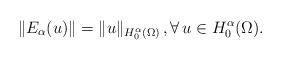
LaTeX: \begin{align*}\|E_\alpha(u)\|=\|u\|_{H^{\alpha}_{0}(\Omega)}\,, \forall \, u\in H_{0}^{\alpha}(\Omega).\end{align*}